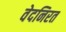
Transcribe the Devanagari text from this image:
वेदनिरत